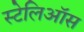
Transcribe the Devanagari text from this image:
स्टेलिऑस